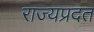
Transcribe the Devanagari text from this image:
राज्यप्रदत